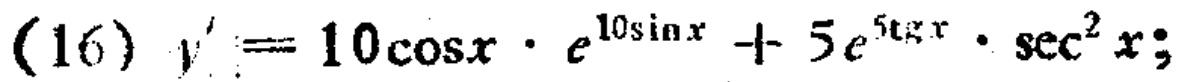
(16) \(y' = 10\cos x\cdot e^{10\sin x}+5e^{5\tan x}\cdot\sec^{2}x;\)